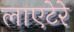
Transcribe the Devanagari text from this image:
लाएटेरे